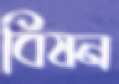
বিষন